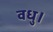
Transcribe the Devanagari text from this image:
वधु।